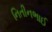
નિતીનભાઈ